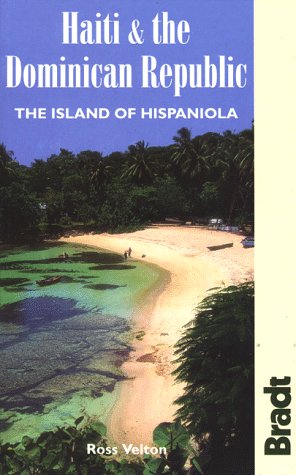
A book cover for Haiti & the Dominican Republic: The Island of Hispaniola (Bradt Travel Guide Haiti & the Dominican Republic: The Island of Hispaniola); Ross Velton; Travel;